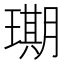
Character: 𮴲